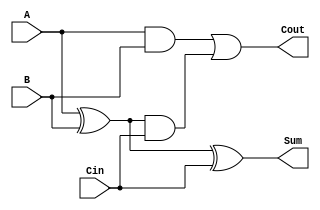
module FullAdder1bit (
  input A,
  input B,
  input Cin,
  output Sum,
  output Cout
);
  wire AxorB, AandB, AxorBandCin;
  xor (Sum, A, B, Cin);
  and (AandB, A, B);
  xor (AxorB, A, B);
  and (AxorBandCin, AxorB, Cin);
  or (Cout, AandB, AxorBandCin);
endmodule